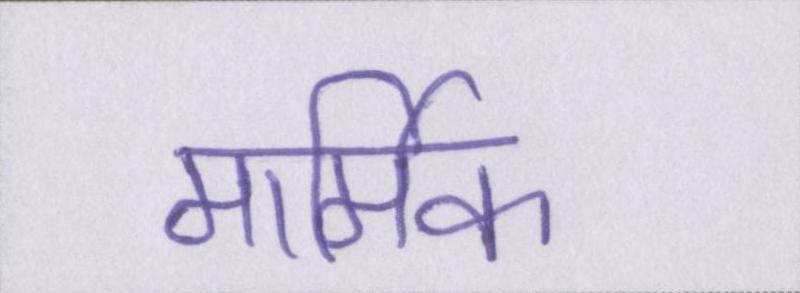
मार्मिक